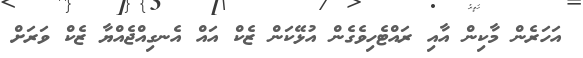
އަހަރެން މާކިން އާއި ރައްޓެހިވެގެން އުޅޭކަން ޒެކް އައް އެނގިއްޖެއްޔާ ޒެކް ވަރަށް